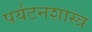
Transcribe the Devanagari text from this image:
पर्यटनशास्त्र